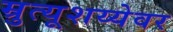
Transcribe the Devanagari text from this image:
म्रुत्यूशय्येवर